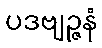
ပဒဗျဉ္ဇနံ